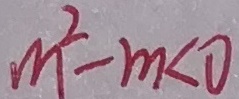
m ^ { 2 } - m < 0